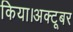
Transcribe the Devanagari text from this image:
किया।अक्टूबर